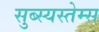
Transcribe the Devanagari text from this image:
सुब्स्यस्तेम्स